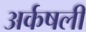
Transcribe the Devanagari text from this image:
अर्कषली